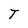
Character: T